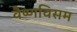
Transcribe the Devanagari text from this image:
वैष्णविसम